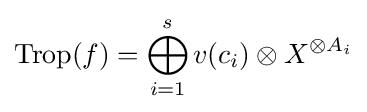
\operatorname {Trop} (f)=\bigoplus _{i=1}^{s}v(c_{i})\otimes X^{\otimes A_{i}}